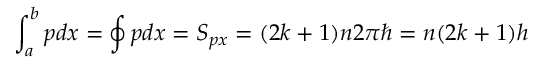
\int _ { a } ^ { b } p d x = \oint p d x = S _ { p x } = ( 2 k + 1 ) n 2 \pi \hbar = n ( 2 k + 1 ) h